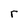
Character: r